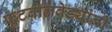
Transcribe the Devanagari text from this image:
फुटबॉलवेड्यांनी